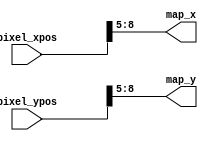
`timescale 1ns / 1ps
//////////////////////////////////////////////////////////////////////////////////
// Company: 
// Engineer: 
// 
// Design Name: 
// Module Name:    m_locate 
// Project Name: 
// Target Devices: 
// Tool versions: 
// Description: 
//
// Dependencies: 
//
// Revision: 
// Revision 0.01 - File Created
// Additional Comments: 
//
//////////////////////////////////////////////////////////////////////////////////

// VGA drive call this module
// input the vga location and return the map location
module m_locate(
	pixel_xpos,
	pixel_ypos,
	map_x,
	map_y
	);
	input  wire[8:0] pixel_xpos;
	input  wire[9:0] pixel_ypos;
	output wire[3:0] map_x;
	output wire[3:0] map_y;
	assign map_x=pixel_xpos[8:5];
	assign map_y=pixel_ypos[8:5];
endmodule